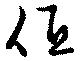
低